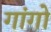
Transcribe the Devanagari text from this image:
गांगो